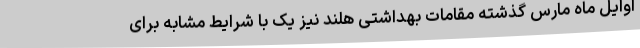
اوایل ماه مارس گذشته مقامات بهداشتی هلند نیز یک با شرایط مشابه برای